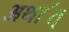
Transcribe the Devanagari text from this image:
अथा॔त्